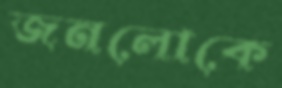
জনলোকে